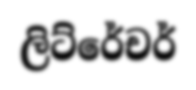
ලිට්රේචර්